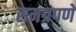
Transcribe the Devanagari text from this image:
समग्रपणे